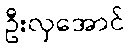
ဦးလှအောင်